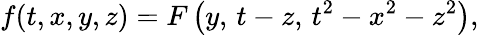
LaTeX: f(t,x,y,z)=F\left(y,\, t-z,\, t^{2}-x^{2}-z^{2}\right),